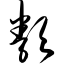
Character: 类